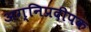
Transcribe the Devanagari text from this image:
अग्निप्रदीपक